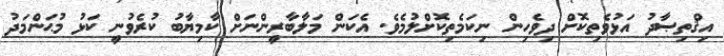
އިޤްތިޞާދު އަޅުވެތިކޮށް ދިވެހިން ނިކަމެތިކޮށްލުމެވެ. އެކަން މަލާބާރީންނަށް ކާމިޔާބު ކުރެވުނީ ކަޅު މުޙަންމަދު